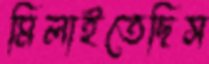
মিলাইতেছিস